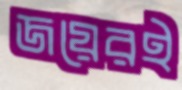
জয়েরই